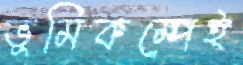
ভূমিকম্পেই